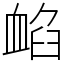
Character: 䘓